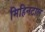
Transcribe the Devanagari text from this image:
मिहिनटाल